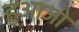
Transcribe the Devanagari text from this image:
हुआजो